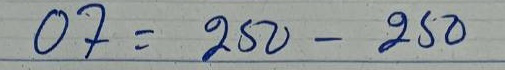
07 = 250 - 250